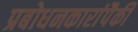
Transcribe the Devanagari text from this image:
प्रबोधनकारांपैकी